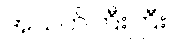
အသက်ကြီးကြီး